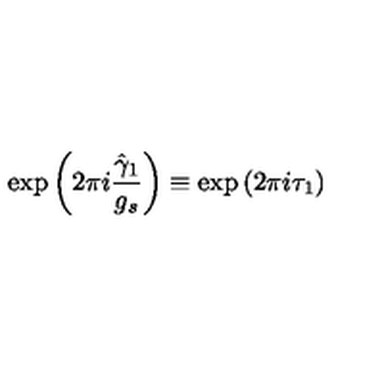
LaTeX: \mathrm { e x p } \left( 2 \pi i \frac { \hat { \gamma } _ { 1 } } { g _ { s } } \right) \equiv \mathrm { e x p } \left( 2 \pi i \tau _ { 1 } \right)